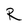
Character: R